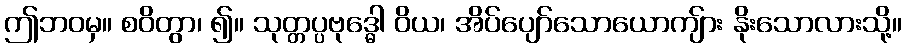
ဤဘဝမှ။ စဝိတွာ၊ ၍။ သုတ္တပ္ပဗုဒ္ဓေါ ဝိယ၊ အိပ်ပျော်သောယောကျ်ား နိုးသောလားသို့။